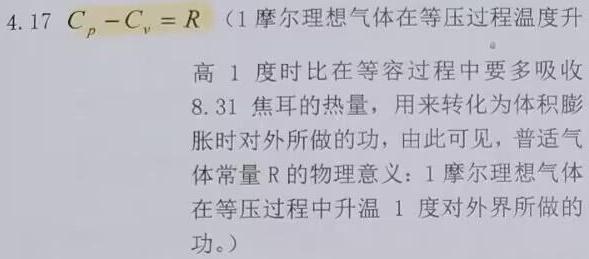
4.17 $C_p - C_v = R$ （1 摩尔理想气体在等压过程温度升高 1 度时比在等容过程中要多吸收 8.31 焦耳的热量，用来转化为体积膨胀时对外所做的功，由此可见，普适气体常量 R 的物理意义：1 摩尔理想气体在等压过程中升温 1 度对外界所做的功。）